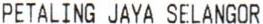
PETALING JAYA SELANGOR